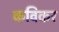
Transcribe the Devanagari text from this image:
कविकर